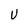
Character: U